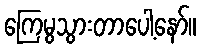
ကြေမွသွားတာပေါ့နော်။